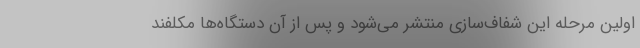
اولین مرحله این شفاف‌سازی منتشر می‌شود و پس از آن دستگاه‌ها مکلفند